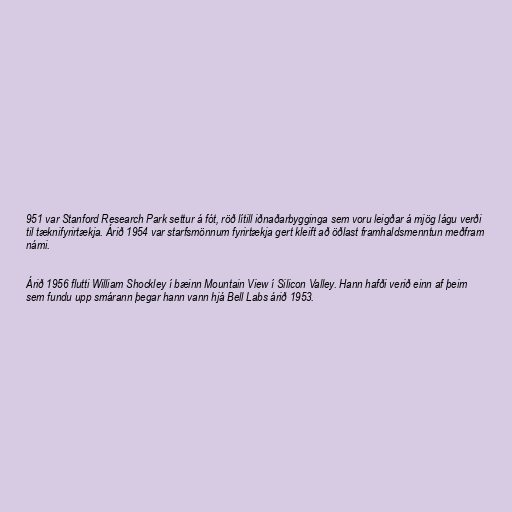
951 var Stanford Research Park settur á fót, röð lítill iðnaðarbygginga sem voru leigðar á mjög lágu verði
til tæknifyrirtækja. Árið 1954 var starfsmönnum fyrirtækja gert kleift að öðlast framhaldsmenntun meðfram
námi.

Árið 1956 flutti William Shockley í bæinn Mountain View í Silicon Valley. Hann hafði verið einn af þeim
sem fundu upp smárann þegar hann vann hjá Bell Labs árið 1953.